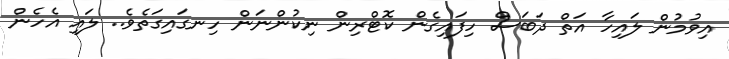
އިވުމުން ލައިހާ އަތް ދަބަސް ހިފައިގެން ކޮޓްރިން ނިކުންނަން ހިނގައިގަތެވެ.. ލައި އެހެން